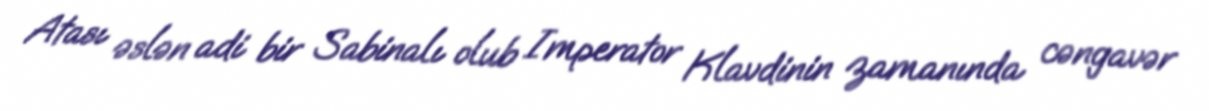
Atası əslən adi bir Sabinalı olub Imperator Klavdinin zamanında cəngavər